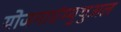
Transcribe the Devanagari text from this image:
योजनाएंम्युचुअल